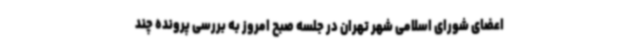
اعضای شورای اسلامی شهر تهران در جلسه صبح امروز به بررسی پرونده چند